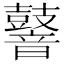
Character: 𪔧